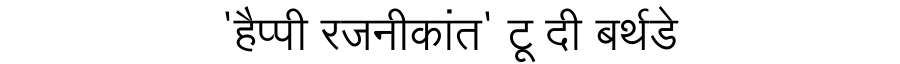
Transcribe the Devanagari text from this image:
'हैप्पी रजनीकांत' टू दी बर्थडे